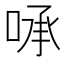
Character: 𰇻